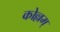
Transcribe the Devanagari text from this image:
कोल्लम्